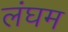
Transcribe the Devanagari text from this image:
लंघम